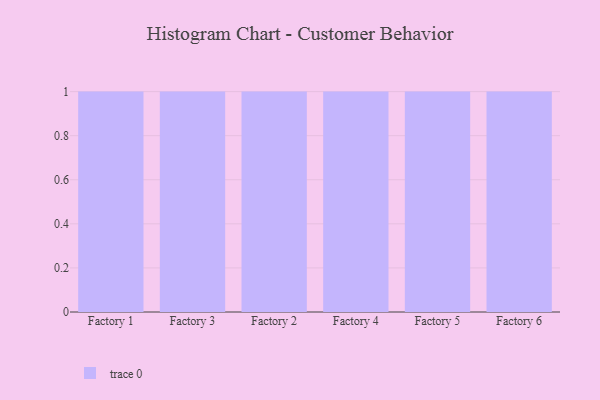
{"axis": {"x": "Factory", "y": "Budget (USD K)"}, "legend": [""], "data": [{"x": "Factory 1", "y": 19, "type": ""}, {"x": "Factory 3", "y": 51, "type": ""}, {"x": "Factory 2", "y": 91, "type": ""}, {"x": "Factory 4", "y": 86, "type": ""}, {"x": "Factory 5", "y": 70, "type": ""}, {"x": "Factory 6", "y": 30, "type": ""}]}